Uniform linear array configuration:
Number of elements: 8
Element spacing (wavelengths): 1
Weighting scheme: hann
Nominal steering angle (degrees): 45
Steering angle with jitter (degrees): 43.352
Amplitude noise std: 0.05
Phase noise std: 0.05

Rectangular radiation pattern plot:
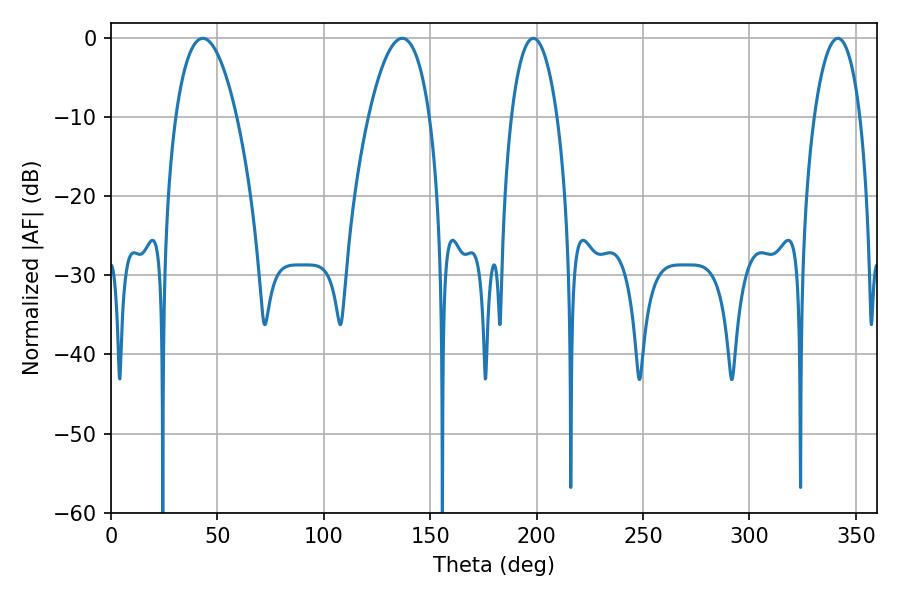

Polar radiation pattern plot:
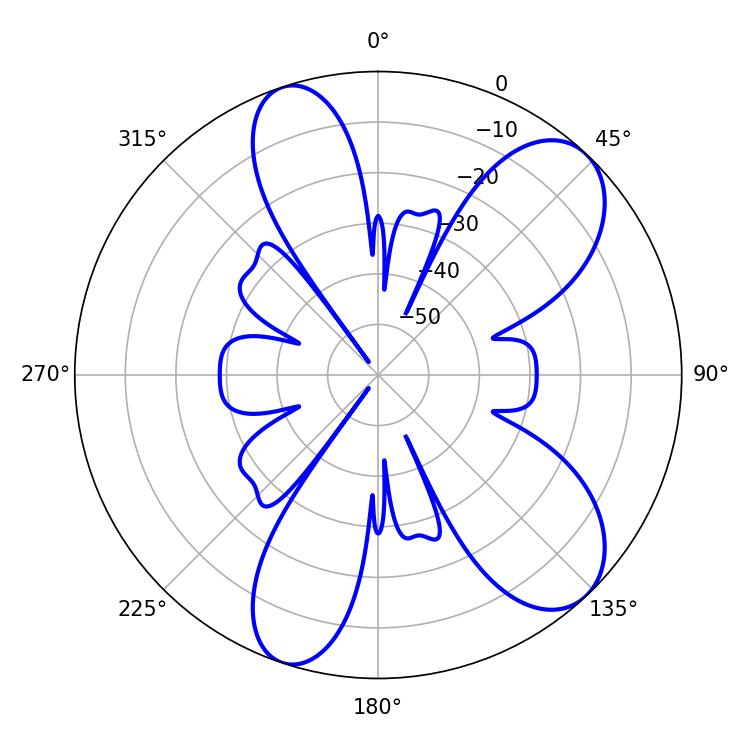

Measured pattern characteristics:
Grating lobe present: TRUE
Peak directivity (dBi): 8.765
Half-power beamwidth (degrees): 16.02
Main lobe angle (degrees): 136.8